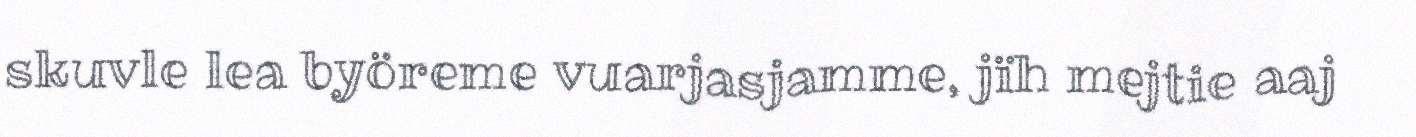
skuvle lea byöreme vuarjasjamme, jïh mejtie aaj